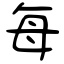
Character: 每